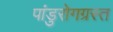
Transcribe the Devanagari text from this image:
पांडुरोगग्रस्त